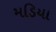
મડિયા